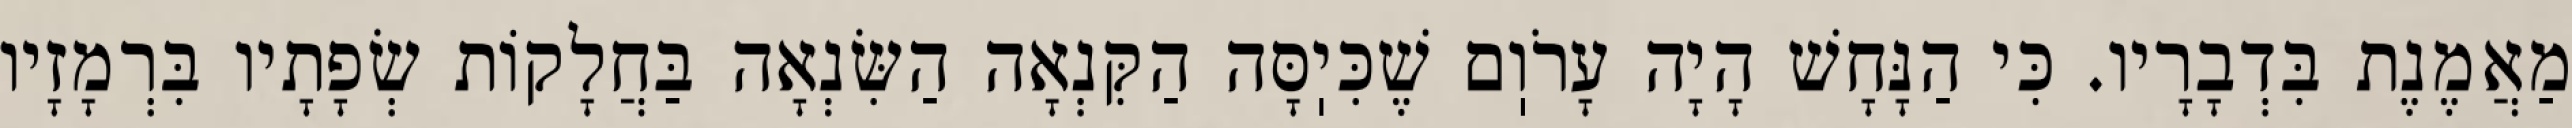
מַאֲמֶנֶת בִּדְבָרָיו. כִּי הַנָּחָשׁ הָיָה עָרֹוֽם שֶׁכִּיֽסָּה הַקִּנְאָה הַשִּׂנְאָה בַּחֲלָקוֹת שְׂפָתָיו בִּרְמָזָיו